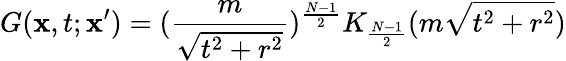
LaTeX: G(\mathbf{x},t;\mathbf{x}^{\prime})=(\frac{m}{\sqrt{t^{2}+r^{2}}})^{\frac{N-1}{2}}K_{\frac{N-1}{2}}(m\sqrt{t^{2}+r^{2}})